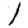
Digit: 1